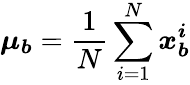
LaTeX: \boldsymbol{\mu_{b}}=\frac{1}{N}\sum_{i=1}^{N}\boldsymbol{x_{b}^{i}}